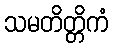
သမတိတ္တိကံ